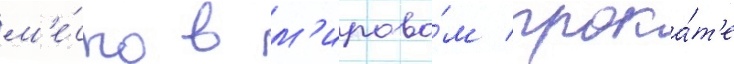
м'е́сто в м'ирово́м прока́т'е